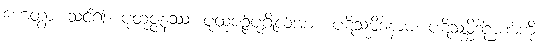
ဟေတွာ၊ သင်၍။ ပုထုဇ္ဇနဿ၊ ပုထုဇဉ်ပုဂ္ဂိုလ်အား။ ပဋိသမ္ဘိဒါနာမ၊ ပဋိသမ္ဘိဒါဉာဏ်ကို